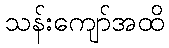
သန်းကျော်အထိ